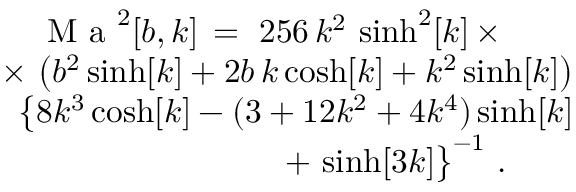
\begin{array} { r } { \mathrm { ~ M ~ a ~ } ^ { 2 } [ b , k ] \, = \, \, 2 5 6 \, k ^ { 2 } \, \sinh ^ { 2 } [ k ] \, \times \, \qquad } \\ { \times \, \left( b ^ { 2 } \sinh [ k ] + 2 b \, k \cosh [ k ] + k ^ { 2 } \sinh [ k ] \right) } \\ { \, \big \{ 8 k ^ { 3 } \cosh [ k ] - ( 3 + 1 2 k ^ { 2 } + 4 k ^ { 4 } ) \sinh [ k ] } \\ { + \, \sinh [ 3 k ] \big \} ^ { - 1 } \ . \qquad } \end{array}